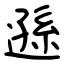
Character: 遜